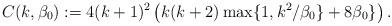
LaTeX: \begin{align*}C(k, \beta_0):= 4(k+1)^2 \left(k(k+2)\max\{1, k^2/\beta_0\}+ 8\beta_0\} \right).\end{align*}